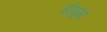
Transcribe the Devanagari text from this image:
इंटेगुमंट